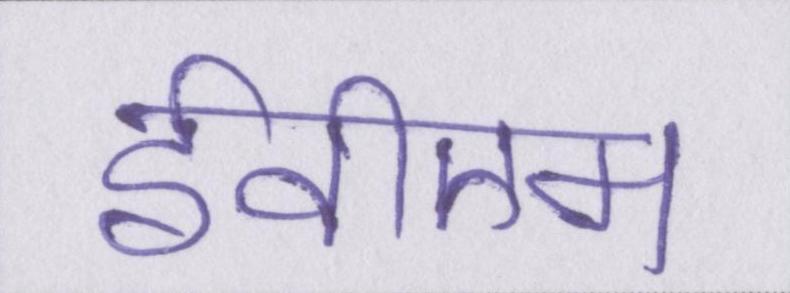
ईवीएम